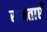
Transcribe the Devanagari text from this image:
समताएँ